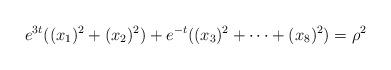
LaTeX: \begin{align*}e^{3t}((x_1)^2+(x_2)^2)+e^{-t}((x_3)^2+\cdots+(x_8)^2)=\rho^2\end{align*}